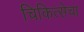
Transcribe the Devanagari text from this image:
चिकित्सेचा